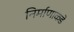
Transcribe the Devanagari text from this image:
निर्माणाकडे